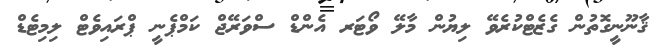
ޤާނޫނީގޮތުން ގެޒެޓްކުރެވޭ ލިޔުން މާލޭ ވޯޓަރ އެންޑް ސްވަރޭޖް ކަމްޕެނީ ޕްރައިވެޓް ލިމިޓެޑް